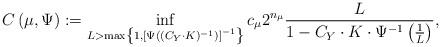
LaTeX: \begin{align*} C\left(\mu, \Psi \right) :=\inf_{L>\max\left\{1,\left[{\Psi} \left(({C_Y}\cdot K)^{-1} \right)\right]^{-1}\right\}} c_\mu 2^{n_\mu}\frac{L }{ 1- {C_Y}\cdot K\cdot{\Psi}^{-1}\left(\frac{1}{L}\right) }, \end{align*}